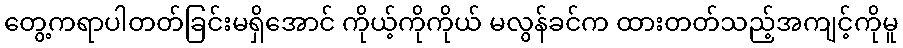
တွေ့ကရာပါတတ်ခြင်းမရှိအောင် ကိုယ့်ကိုကိုယ် မလွန်ခင်က ထားတတ်သည့်အကျင့်ကိုမူ